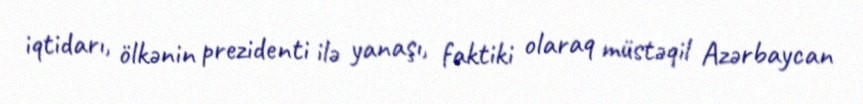
iqtidarı, ölkənin prezidenti ilə yanaşı, faktiki olaraq müstəqil Azərbaycan